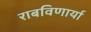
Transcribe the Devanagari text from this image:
राबविणार्या